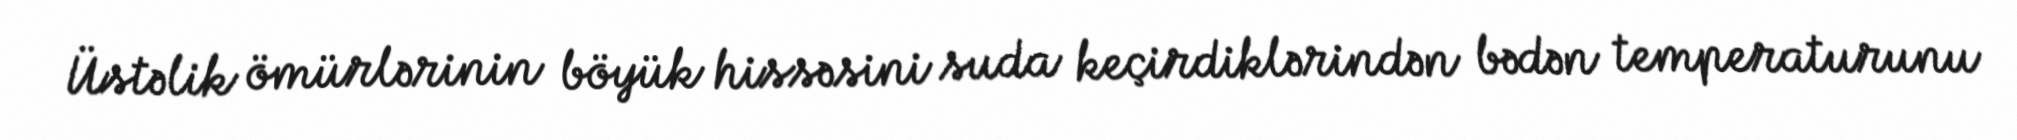
Üstəlik ömürlərinin böyük hissəsini suda keçirdiklərindən bədən temperaturunu